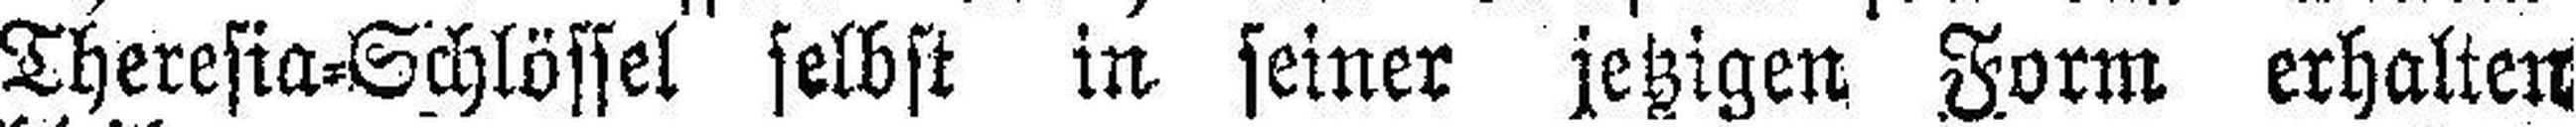
Theresia=Schlössel selbst in seiner jetzigen Form erhalten